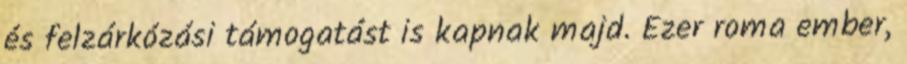
és felzárkózási támogatást is kapnak majd. Ezer roma ember,